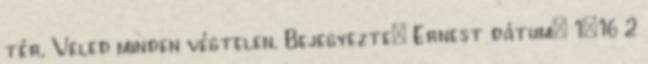
tér, Veled minden végtelen. Bejegyezte: Ernest dátum: 1:16 2